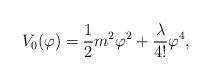
LaTeX: \begin{align*}V_{0}(\varphi)=\frac{1}{2} m^2 \varphi^2 + \frac{\lambda }{4!} \varphi^4, \end{align*}